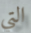
التي